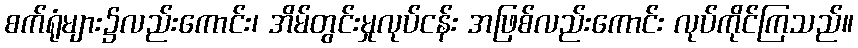
စက်ရုံများ၌လည်းကောင်း၊ အိမ်တွင်းမှုလုပ်ငန်း အဖြစ်လည်းကောင်း လုပ်ကိုင်ကြသည်။